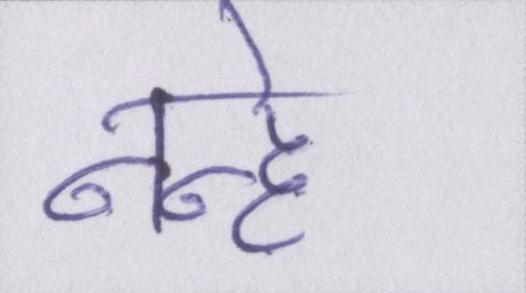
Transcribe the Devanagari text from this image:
नन्हे